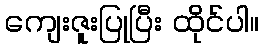
ကျေးဇူးပြုပြီး ထိုင်ပါ။